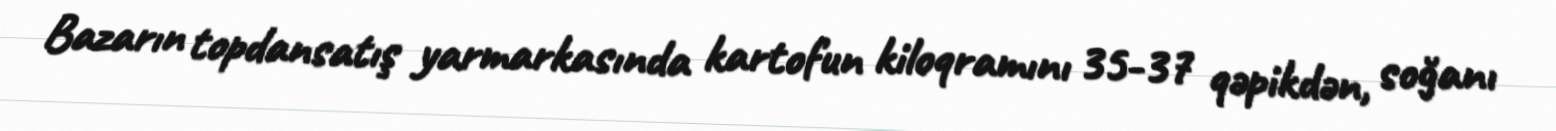
Bazarın topdansatış yarmarkasında kartofun kiloqramını 35-37 qəpikdən, soğanı